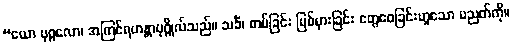
“ယော ပုဂ္ဂလော၊ အကြင်ရဟန္တာပုဂ္ဂိုလ်သည်။ သင်္ခံ၊ တပ်ခြင်း ပြစ်မှားခြင်း တွေဝေခြင်းဟူသော ပညတ်ကို။